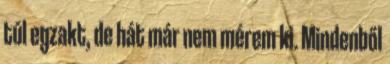
túl egzakt, de hát már nem mérem ki. Mindenből